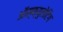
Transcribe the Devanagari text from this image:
ऑस्क्युलेटिग